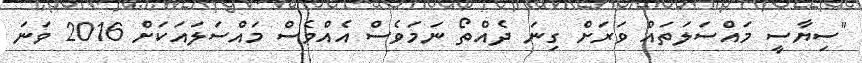
"ސިޔާސީ މައްސަލަތައް ވަރަށް ގިނަ ދެއްތޯ ނަމަވެސް އެއްވެސް މައްސަލައަކަށް 2016 ވަނަ